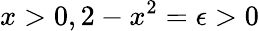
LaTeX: x>0,2-x^{2}=\epsilon>0